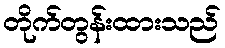
တိုက်တွန်းထားသည်